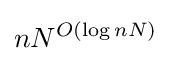
nN^{O(\log nN)}